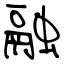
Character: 融